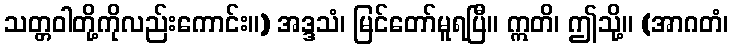
သတ္တဝါတို့ကိုလည်းကောင်း။) အဒ္ဒသံ၊ မြင်တော်မူရပြီ။ ဣတိ၊ ဤသို့။ (အာဂတံ၊